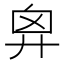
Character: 𢍄